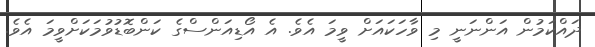
ދައްކަމުން އަންނަނީ މި ވާހަކައަށް ވީމަ އެވެ. އެ އޯޑިއަންސްގެ ކަންބޮޑުވުމަކަށްވީމަ އެވެ.